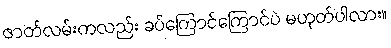
ဇာတ်လမ်းကလည်း ခပ်ကြောင်ကြောင်ပဲ မဟုတ်ပါလား။